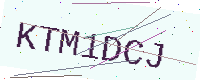
Text: KTM1DCJ